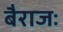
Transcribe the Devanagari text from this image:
बैराजः